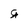
Character: g